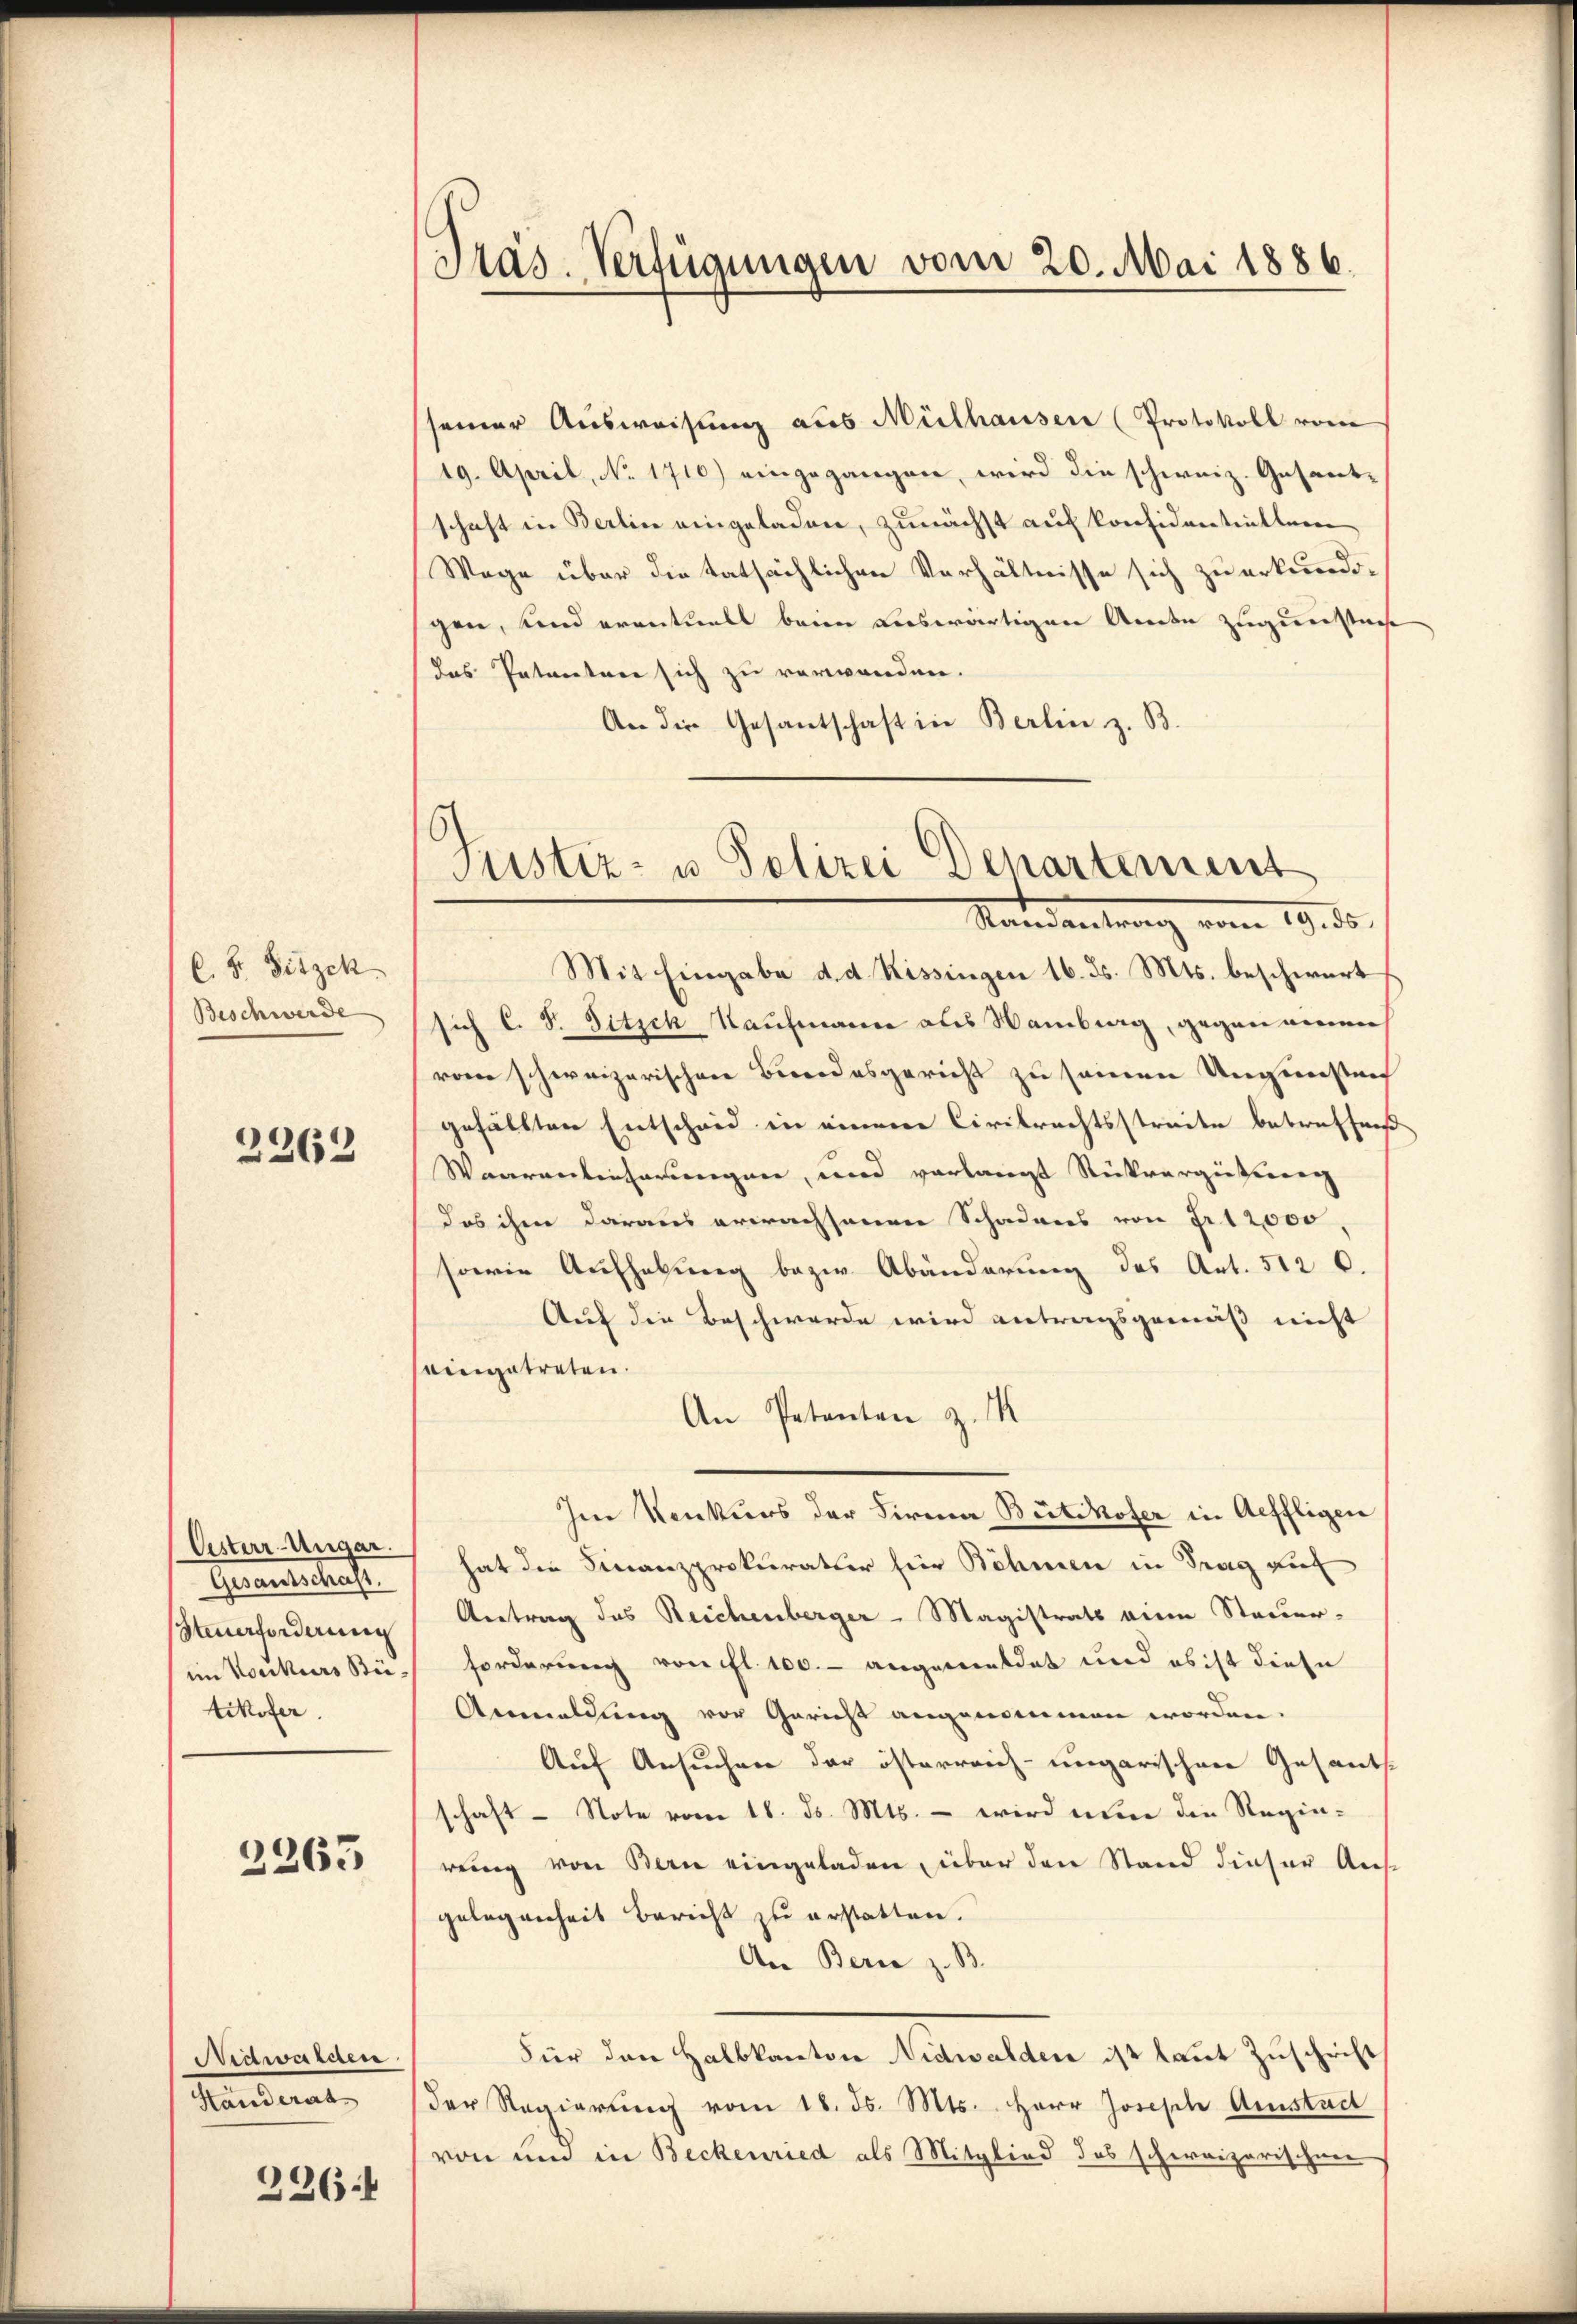
C. F. Sitzek
Beschwerde

2262

Oester-Ungar.
Gesandtschaft.
Steuerforderung
im Konkurs Bütikofer.

2263

Nidwalden
Standerat

336

Präs. Verfügungen vom 20. Mai 1886.

Justiz- u. Polizei Departement
Standentrag vom 19. ds.

seiner Ausweisung aus Mülhausen (Protokoll vom
19. April, No. 1710) eingegangen, wird die schweiz. Gesantschaft in Berlin eingeladen, zunächst auf konsidentiellen
Wege über die tatsächlichen Verhältnisse sich zu erkundigen, und eventuell beim Leswärtigen Amte zugemeste
das Petenten sich zu verwanden.
An die Gesantschaft in Berlin z. B.
Mit Eingabe d. d. Kissingen 16. ds. Mts. beschwert
sich C. S. Titsch Kaufmann als Hamburg, gegen einen
vom schweizerischen Birrodesgericht zu seinen Ungemessen
gefällten Entscheid in einem Civilrechtsstreite betreffniß
Waarentenhörungen, und verlangt Rückvergießerung
das ihm daraus erwachsenen Schadens von Fr. 12000,
sowie Aufhebung bezw. Abänderung des Art. 512 6.
Auf die Beschwerde wird antragsgemäß nicht
eingetreten.
An Petenten z. M
Im Konkurs der Firma Bütikofer in Aeffligen
hat die Finanzprokurator für Böhmen in Frag auf
Antrag des Reichenberger - Magistrats eine Steuer-
forderung von fl. 100.- angemeldet und es ist diese
Anmeldung vor Gericht angenommen worden.
Auf Ansuchen der österreich-ungarischen Gesantsschaft - Note vom 18. ds. Mts. – wird nun die Regierŭng von Bern eingeladen, über den Stand dieser Aus-
gelegenheit Bericht zu erstatten.
An Berie z. B.
Für den Halbkanton Nidwalden ist laut Zuschrift
der Regierung vom 18. ds. Mts. Herr Joseph Amstaet
von und in Beckenried als Mitglied das schweizerischen